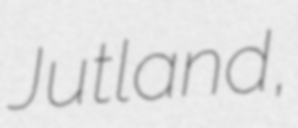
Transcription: Jutland,